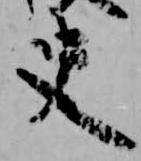
史